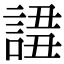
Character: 𧩖